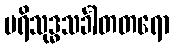
ပရိသုဒ္ဓသင်္ခါတတရော